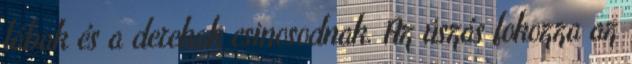
lábak és a derekak csinosodnak. Az úszás fokozza az